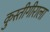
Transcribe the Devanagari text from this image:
कुस्तीगीराला